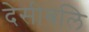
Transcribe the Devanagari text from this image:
देसीबलि